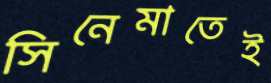
সিনেমাতেই